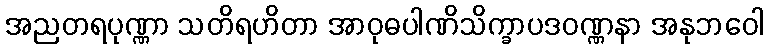
အညတရပုဏ္ဏာ သတိရဟိတာ အာဝုဓပါဏိသိက္ခာပဒဝဏ္ဏနာ အနုဘဝေါ